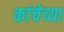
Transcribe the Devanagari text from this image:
कांचेच्या